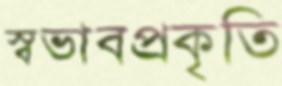
স্বভাবপ্রকৃতি